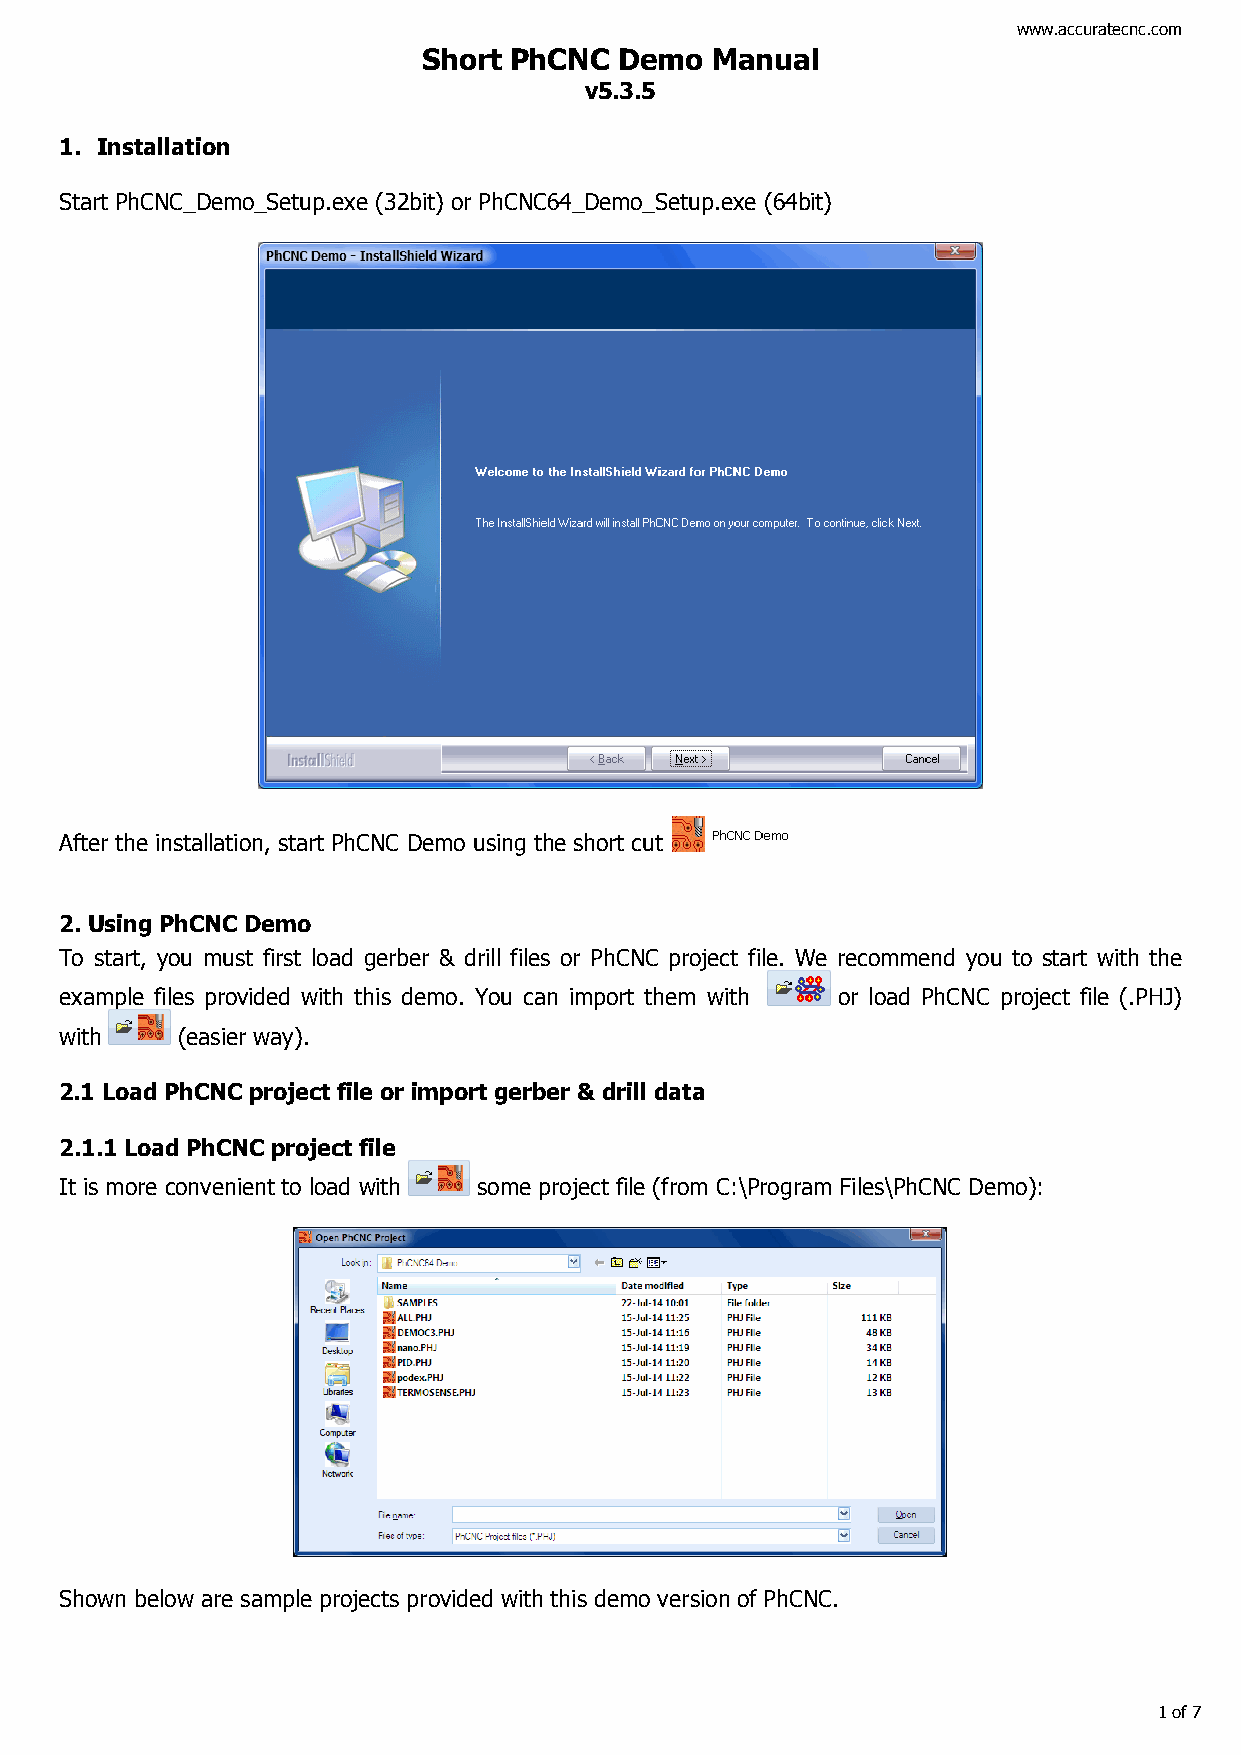
www.accuratecnc.com
 Short PhCNC  Demo  Manual
 v5.3.5
 1. Installation
 Start PhCNC_Demo_Setup.exe (32bit) or PhCNC64_Demo_Setup.exe (64bit)
 After the installation, start PhCNC Demo using the short cut
 2. Using PhCNC Demo
 To start, you must first load gerber & drill files or PhCNC project file. We recommend you to start with the
 example files provided with this demo. You can import them with or load PhCNC project file (.PHJ)
 with    (easier way).
 2.1 Load PhCNC project file or import gerber & drill data
 2.1.1 Load PhCNC project file
 It is more convenient to load with some project file (from C:\Program Files\PhCNC Demo):
 Shown below are sample projects provided with this demo version of PhCNC.
 1 of 7